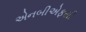
એનબીએફસી